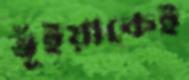
ভূঁইয়াকেই